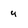
Character: u